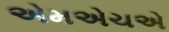
એમએચએ